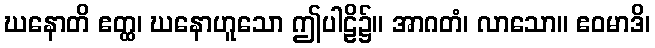
ဃနောတိ ဧတ္ထ၊ ဃနောဟူသော ဤပါဠိ၌။ အာဂတံ၊ လာသော။ ဧဝမာဒိ၊